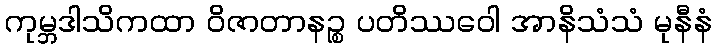
ကုမ္ဘဒါသိကထာ ဝိဇာတာနဉ္စ ပတိဿဝေါ အာနိသံသံ မုနီနံ